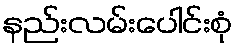
နည်းလမ်းပေါင်းစုံ